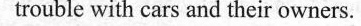
trouble with cars and their owners.